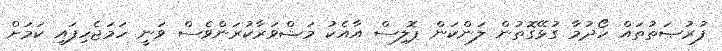
ފުރުޞަތުތައް ހޯދުމާ ގުޅޭގޮތުން ލަންކަން ޕޮލިސް އާއެކު މަޝްވަރާކުރަންވެސް ވަނީ ހަމަޖެހިފައި ކަމަށް